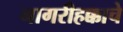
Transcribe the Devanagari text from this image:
नागरीहक्काचे